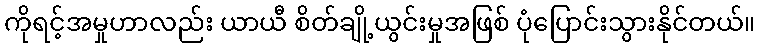
ကိုရင့်အမှုဟာလည်း ယာယီ စိတ်ချို့ယွင်းမှုအဖြစ် ပုံပြောင်းသွားနိုင်တယ်။